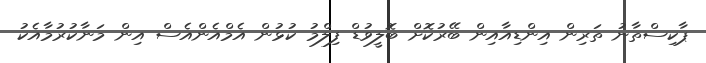
ޕާކިސްތާނު ތަރިން އިންޑިއާއިން ބޭރުކޮށް ބޮލީވުޑް ފިލްމު ކުޅުން އެމްއެންއެސް އިން މަނާކުރުމާއެކު